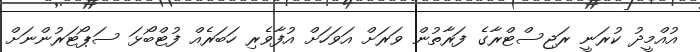
އުއްމީދު ކުރަނީ ރަޖިސްޓްރާގެ ފަރާތުން ވަރަށް އަވަހަށް އުފާވެރި ހަބަރެއް ފުޓްބޯޅަ ސަޕޯޓަރުންނަށް